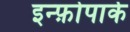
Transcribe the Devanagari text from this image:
इन्फ़ोपार्क